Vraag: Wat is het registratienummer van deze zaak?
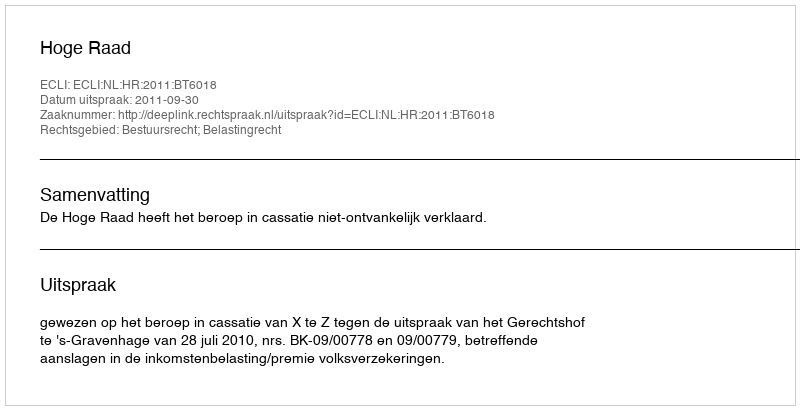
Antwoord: http://deeplink.rechtspraak.nl/uitspraak?id=ECLI:NL:HR:2011:BT6018